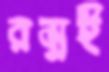
রম্নই